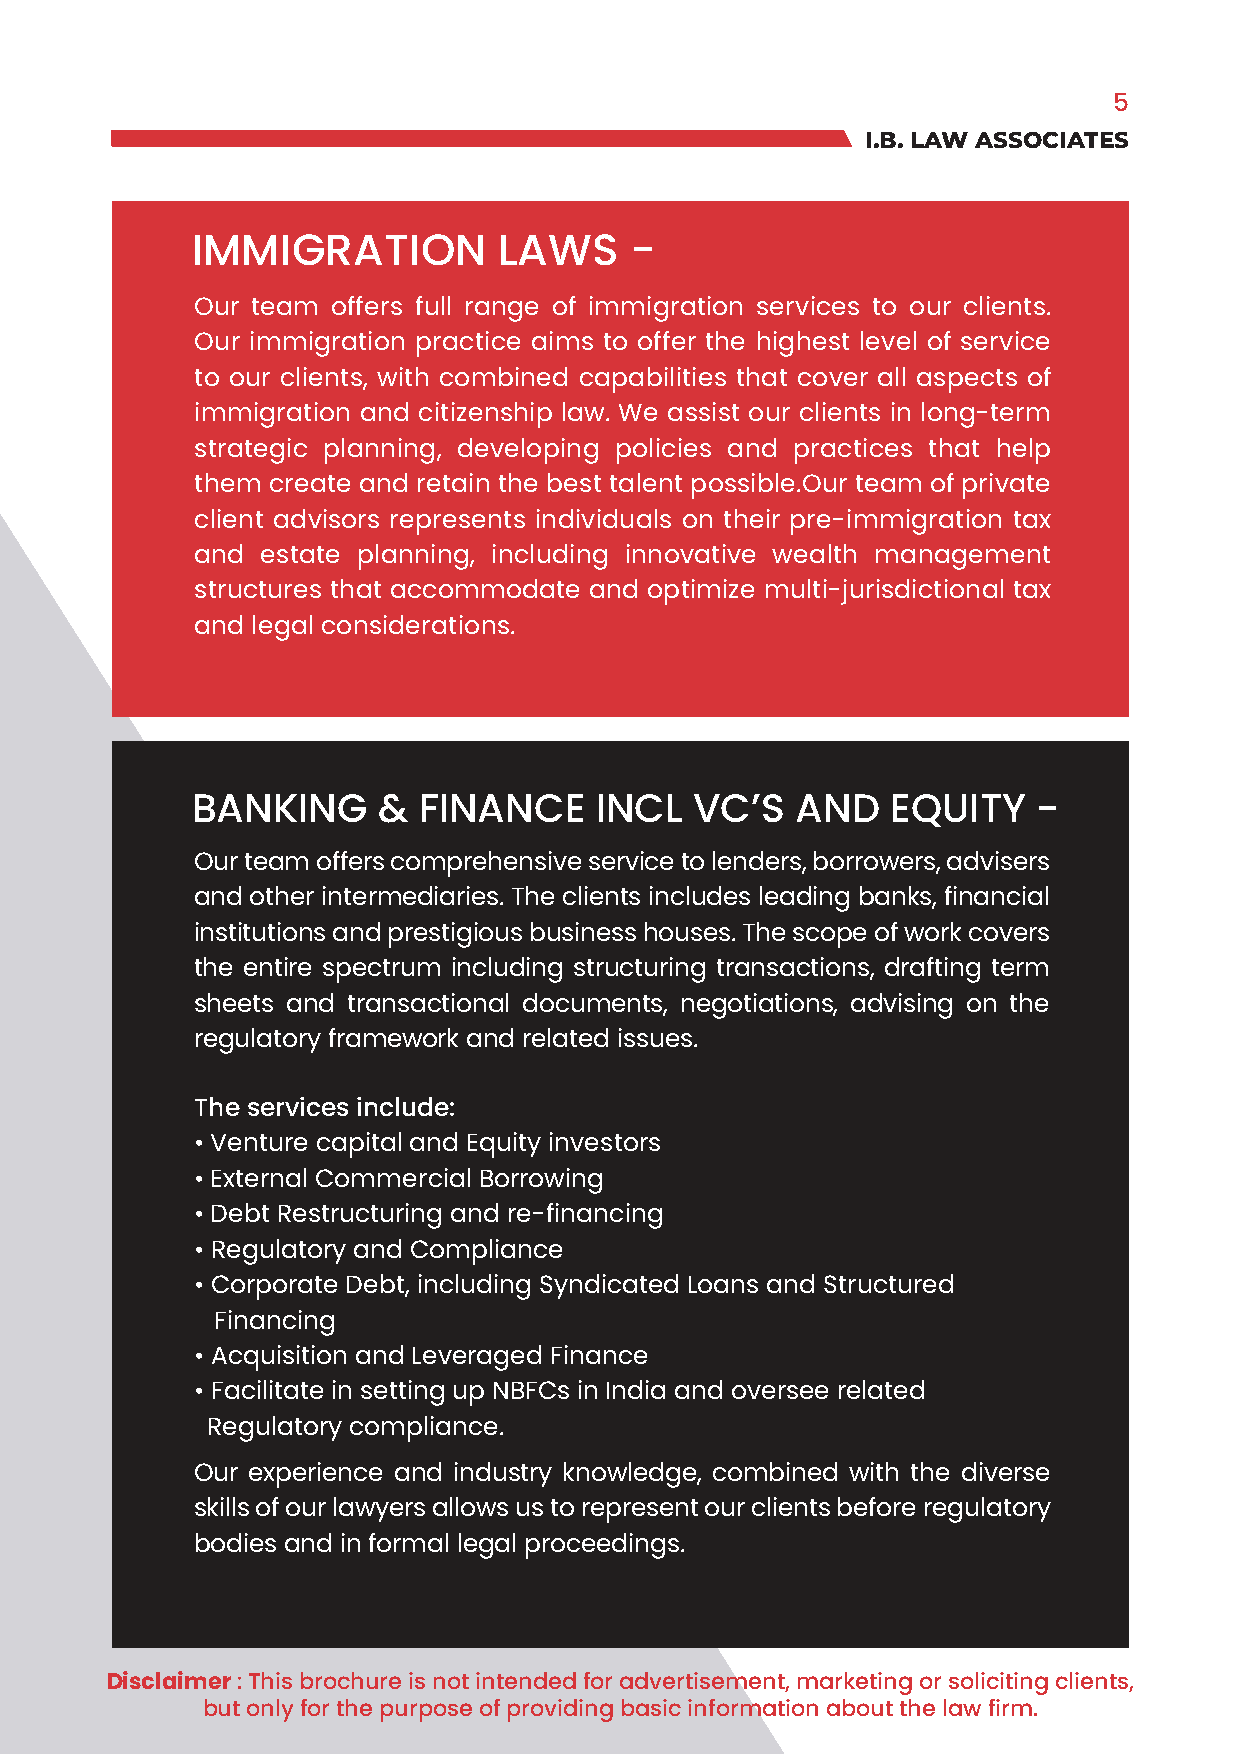
5
 I.B. LAW ASSOCIATES
 IMMIGRATION         LAWS     -
 Our team offers full range of immigration services to our clients.
 Our immigration practice aims to offer the highest level of service
 to our clients, with combined capabilities that cover all aspects of
 immigration and citizenship law. We assist our clients in long-term
 strategic planning, developing policies and practices that help
 them create and retain the best talent possible.Our team of private
 client advisors represents individuals on their pre-immigration tax
 and estate planning, including innovative wealth management
 structures that accommodate and optimize multi-jurisdictional tax
 and legal considerations.
 BANKING     &  FINANCE    INCL   VC’S   AND   EQUITY    -
 Our team offers comprehensive service to lenders, borrowers, advisers
 and other intermediaries. The clients includes leading banks, financial
 institutions and prestigious business houses. The scope of work covers
 the entire spectrum including structuring transactions, drafting term
 sheets and transactional documents, negotiations, advising on the
 regulatory framework and related issues.
 The services include:
 • Venture capital and Equity investors
 • External Commercial Borrowing
 • Debt Restructuring and re-financing
 • Regulatory and Compliance
 • Corporate Debt, including Syndicated Loans and Structured
 Financing
 • Acquisition and Leveraged Finance
 • Facilitate in setting up NBFCs in India and oversee related
 Regulatory compliance.
 Our experience and industry knowledge, combined with the diverse
 skills of our lawyers allows us to represent our clients before regulatory
 bodies and in formal legal proceedings.
 Disclaimer : This brochure is not intended for advertisement, marketing or soliciting clients,
 but only for the purpose of providing basic information about the law firm.